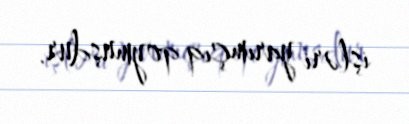
işləri yarımçıq qoymuşdur.